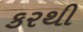
કરથી